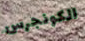
الكونجرس